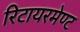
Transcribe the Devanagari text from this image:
रिटायरमेण्ट